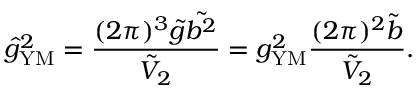
\hat { g } _ { \mathrm { Y M } } ^ { 2 } = \frac { ( 2 \pi ) ^ { 3 } \tilde { g } \tilde { b ^ { 2 } } } { \tilde { V } _ { 2 } } = g _ { \mathrm { Y M } } ^ { 2 } \frac { ( 2 \pi ) ^ { 2 } \tilde { b } } { \tilde { V } _ { 2 } } .